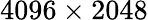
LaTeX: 4096\times 2048